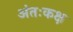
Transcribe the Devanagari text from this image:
अंतःकक्ष